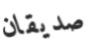
صديقان